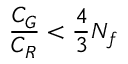
\frac { C _ { \cal G } } { C _ { R } } < \frac { 4 } { 3 } N _ { f }